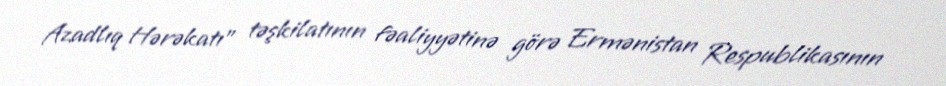
Azadlıq Hərəkatı” təşkilatının fəaliyyətinə görə Ermənistan Respublikasının